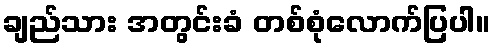
ချည်သား အတွင်းခံ တစ်စုံလောက်ပြပါ။